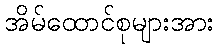
အိမ်ထောင်စုများအား